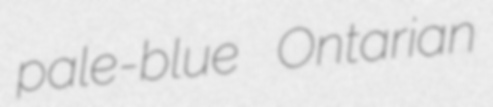
pale-blue Ontarian